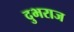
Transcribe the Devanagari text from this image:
दुभराज